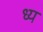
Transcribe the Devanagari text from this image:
ध्य